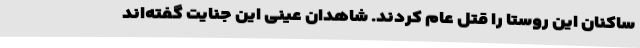
ساکنان این روستا را قتل عام کردند. شاهدان عینی این جنایت گفته‌اند